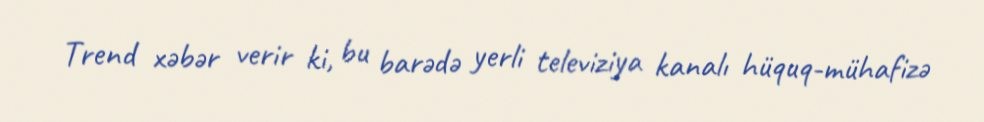
Trend xəbər verir ki, bu barədə yerli televiziya kanalı hüquq-mühafizə